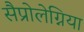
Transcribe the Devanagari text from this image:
सैप्रोलेग्निया